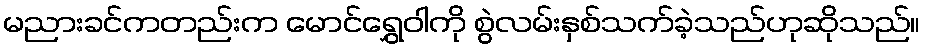
မညားခင်ကတည်းက မောင်ရွှေဝါကို စွဲလမ်းနှစ်သက်ခဲ့သည်ဟုဆိုသည်။